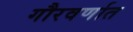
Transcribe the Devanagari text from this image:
गौरवर्णात